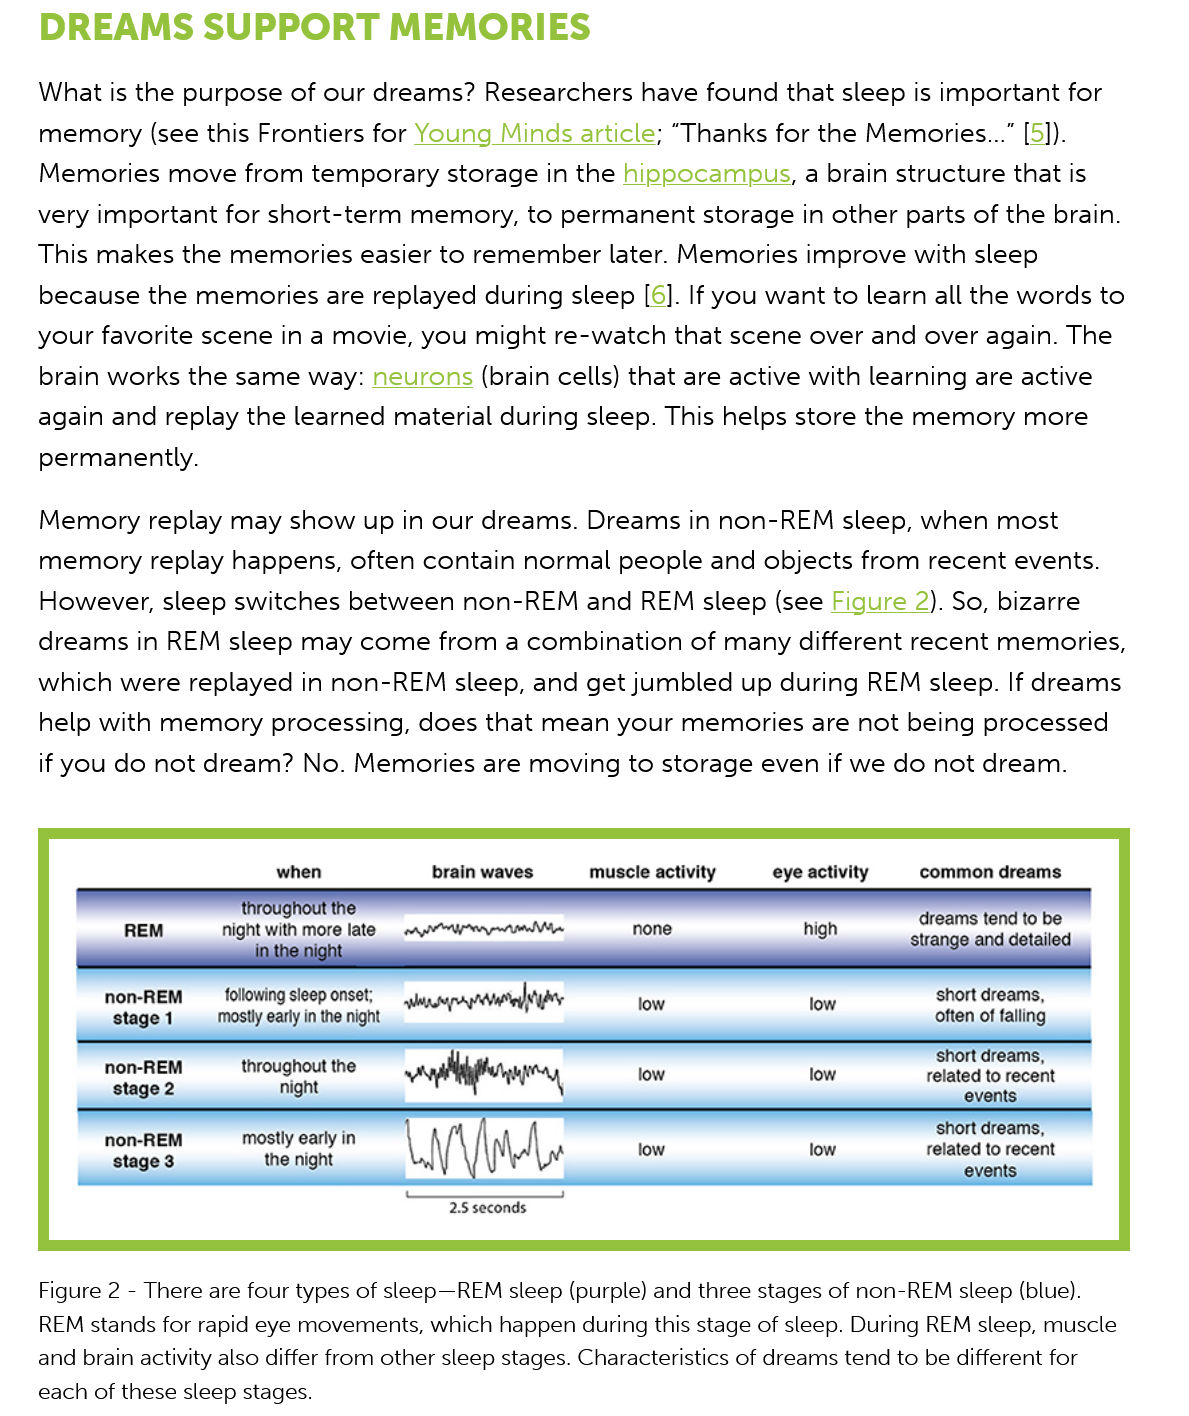
DREAMS    SUPPORT    MEMORIES
    Figure 2
     -
     There are four types of sleep—REM sleep (purple) and three stages of non-REM sleep (blue).
    REM stands for rapid eye movements, which happen during this stage of sleep. During REM sleep, muscle
    and brain activity also differ from other sleep stages. Characteristics of dreams tend to be different for
    each of these sleep stages.
    Memory   replay  may  show  up in our dreams.   Dreams in  non-REM    sleep, when  most
    memory  replay   happens,  often contain  normal  people  and  objects from  recent events.
    However,   sleep switches  between   non-REM   and  REM sleep (see  Figure   2). So, bizarre
    dreams  in REM  sleep  may  come   from a combination   of many different  recent  memories,
    which  were replayed   in non-REM   sleep, and get jumbled   up during  REM sleep. If dreams
    help with memory  processing,    does  that mean  your  memories   are not being  processed
    if you do not dream?   No. Memories   are moving   to storage  even if we do not  dream.
    What is the purpose   of our dreams?   Researchers  have  found  that sleep is important for
    memory  (see  this Frontiers for Young  Minds article; “Thanks  for the Memories...” [5]).
    Memories   move   from  temporary  storage  in the hippocampus,  a  brain structure that is
    very important  for short-term  memory,   to permanent  storage in   other parts of the brain.
    This makes  the  memories   easier to remember  later. Memories   improve   with sleep
    because  the  memories   are replayed  during sleep [6]. If you want to learn all the words to
    your favorite scene  in a movie, you  might  re-watch  that scene  over and  over again. The
    brain works  the same  way:  neurons (brain  cells) that are active with learning are active
    again and replay  the learned  material during sleep. This helps store the  memory   more
    permanently.